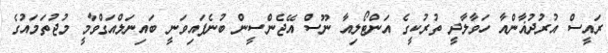
ރައީސް އުރުދުޣާންއާ ހަވާލާދީ ތުރުކީގެ އަންޓޯލިއާ ނޫސް އޭޖެންސީން ބުނެފައިވަނީ ބައިނަލްއަގްވާމީ މުޖުތަމައުގެ